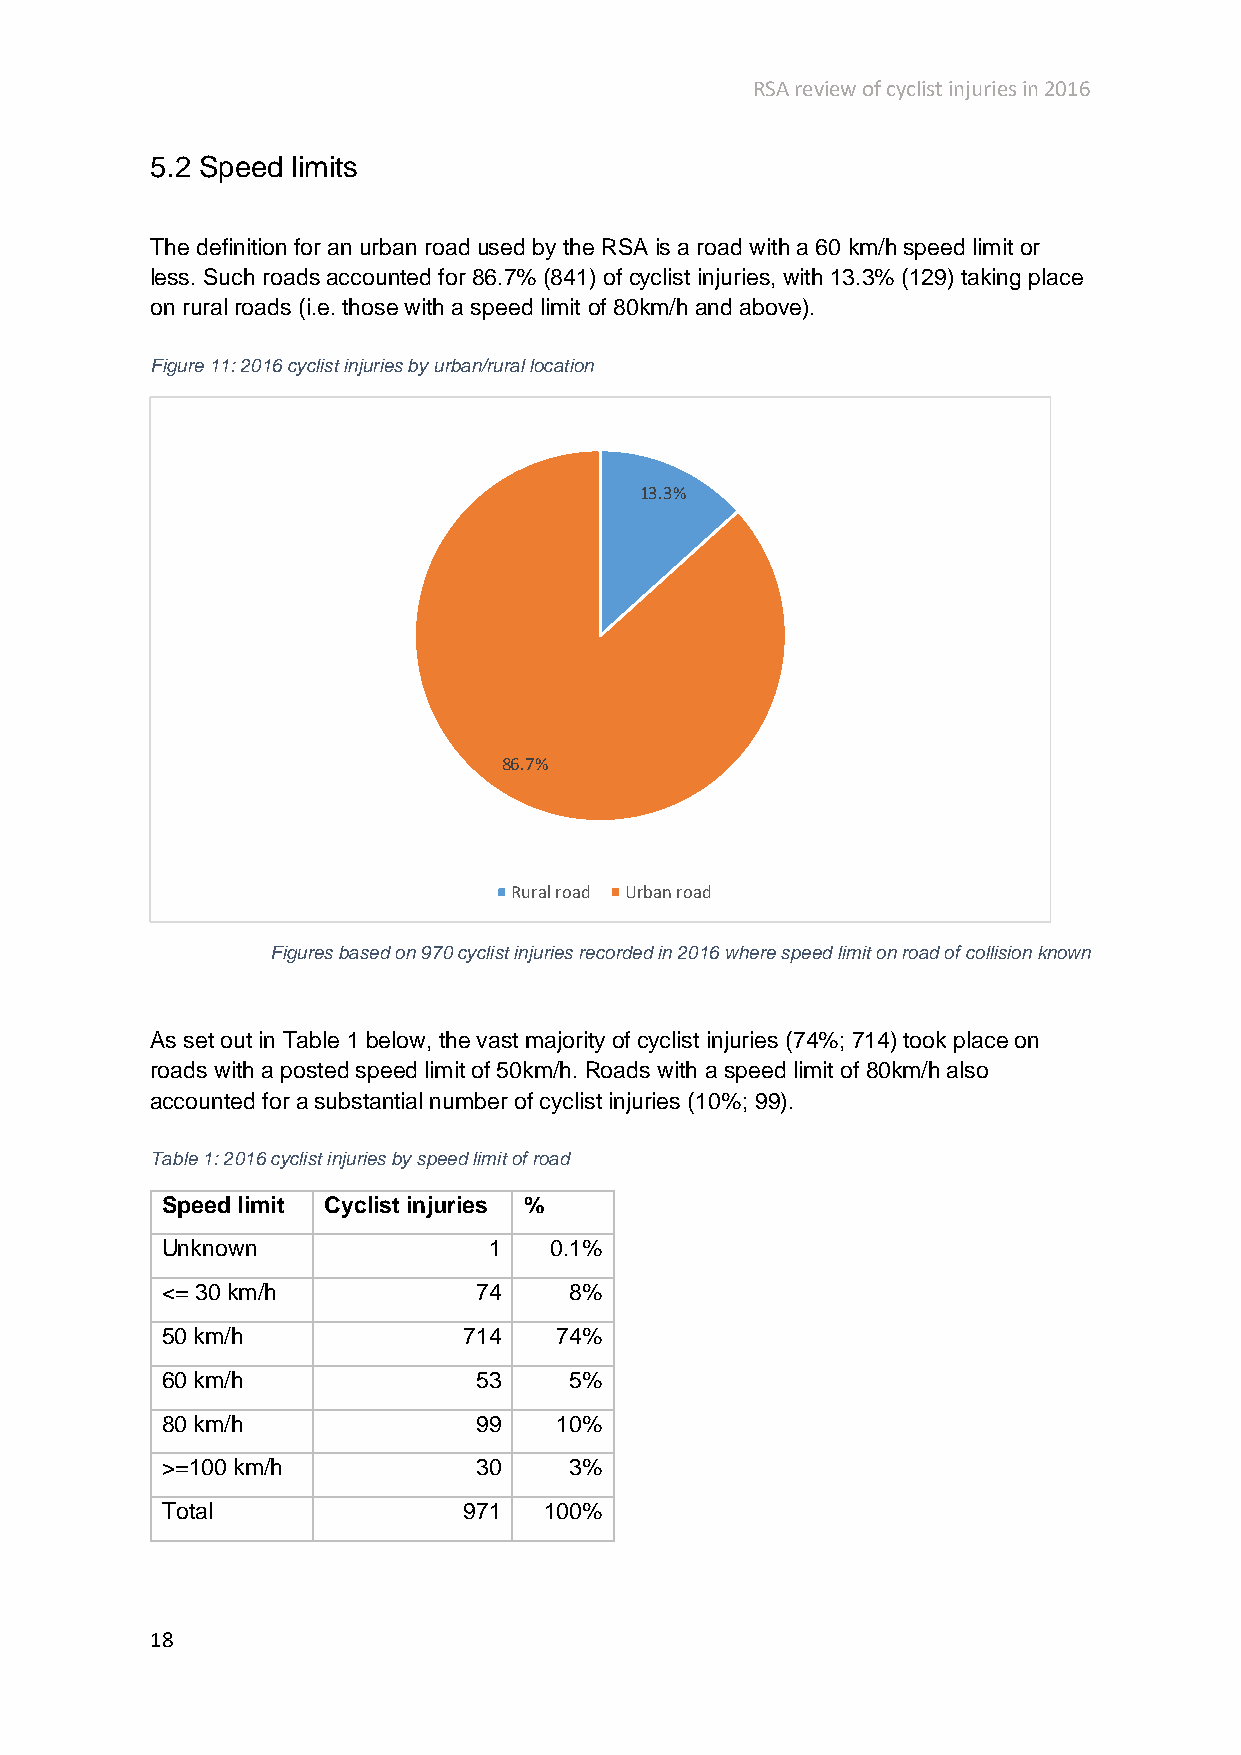
RSA review of cyclist injuries in 2016
 5.2 Speed limits
 The definition for an urban road used by the RSA is a road with a 60 km/h speed limit or
 less. Such roads accounted for 86.7% (841) of cyclist injuries, with 13.3% (129) taking place
 on rural roads (i.e. those with a speed limit of 80km/h and above).
 Figure 11: 2016 cyclist injuries by urban/rural location
 13.3%
 86.7%
 Rural road Urban road
 Figures based on 970 cyclist injuries recorded in 2016 where speed limit on road of collision known
 As set out in Table 1 below, the vast majority of cyclist injuries (74%; 714) took place on
 roads with a posted speed limit of 50km/h. Roads with a speed limit of 80km/h also
 accounted for a substantial number of cyclist injuries (10%; 99).
 Table 1: 2016 cyclist injuries by speed limit of road
 Speed limit Cyclist injuries %
 Unknown              1   0.1%
 <= 30 km/h          74     8%
 50 km/h             714   74%
 60 km/h             53     5%
 80 km/h             99    10%
 >=100 km/h          30     3%
 Total               971  100%
 18